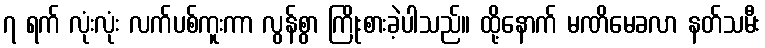
၇ ရက် လုံးလုံး လက်ပစ်ကူးကာ လွန်စွာ ကြိုးစားခဲ့ပါသည်။ ထို့နောက် မဏိမေခလာ နတ်သမီး